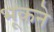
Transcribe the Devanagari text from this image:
भूकने